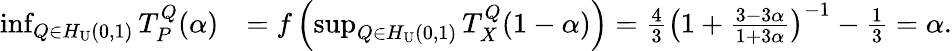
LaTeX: \begin{array}{rl}{\operatorname*{inf}_{Q\in H_{\mathrm{U}}(0,1)}T_{P}^{Q}(\alpha)}&{=f\left(\operatorname*{sup}_{Q\in H_{\mathrm{U}}(0,1)}T_{X}^{Q}(1-\alpha)\right)=\frac{4}{3}\left(1+{\frac{3-3\alpha}{1+3\alpha}}\right)^{-1}-\frac{1}{3}=\alpha.}\end{array}